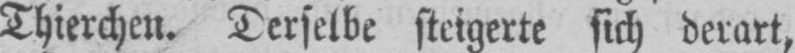
Thierchen. Derselbe steigerte sich derart,